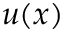
u ( x )